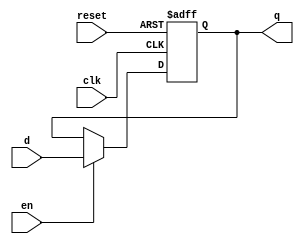
module flopenr (
	clk,
	reset,
	en,
	d,
	q
);
	parameter WIDTH = 8;
	input wire clk;
	input wire reset;
	input wire en;
	input wire [WIDTH - 1:0] d;
	output reg [WIDTH - 1:0] q;
	always @(posedge clk or posedge reset)
		if (reset)
			q <= 0;
		else if (en)
			q <= d;
endmodule